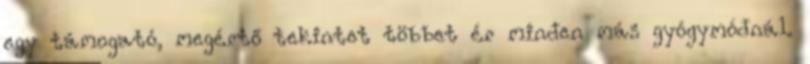
egy támogató, megértő tekintet többet ér minden más gyógymódnál.